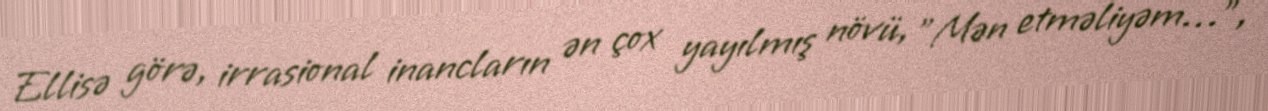
Ellisə görə, irrasional inancların ən çox yayılmış növü, "Mən etməliyəm…",